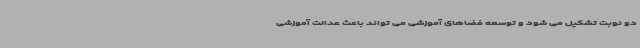
دو نوبت تشکیل می شود و توسعه فضاهای آموزشی می تواند باعث عدالت آموزشی